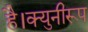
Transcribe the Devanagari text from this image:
है।क्युनीरूप